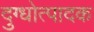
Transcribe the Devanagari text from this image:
दुग्धोत्पादक